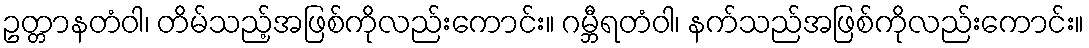
ဥတ္တာနတံဝါ၊ တိမ်သည့်အဖြစ်ကိုလည်းကောင်း။ ဂမ္ဘီရတံဝါ၊ နက်သည်အဖြစ်ကိုလည်းကောင်း။